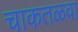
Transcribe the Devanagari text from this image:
चाकतळवा